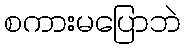
စကားမပြောဘဲ